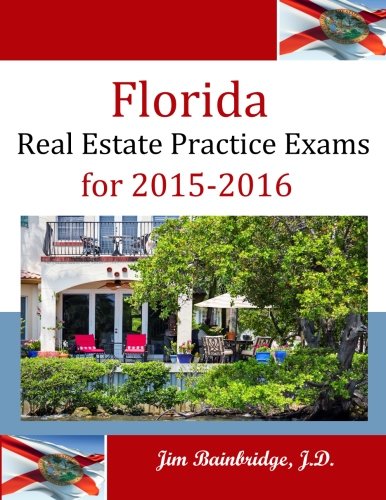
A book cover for Florida Real Estate Practice Exams for 2015-2016; Jim Bainbridge J.D.; Business & Money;